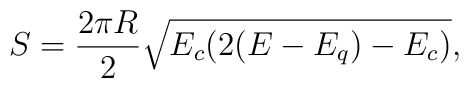
S =\frac{2\pi R}{2}   \sqrt{E_c(2(E-E_q)-E_c)},